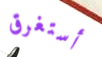
أستغرق